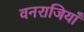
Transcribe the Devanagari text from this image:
वनराजियाँ